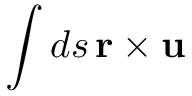
\int d s \, \mathbf { r } \times \mathbf { u }